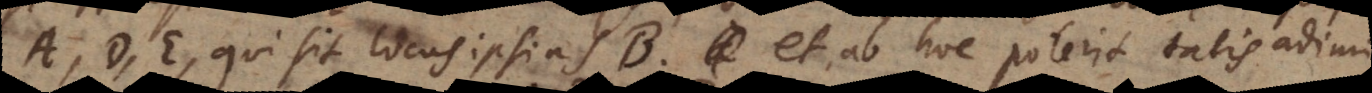
A, D, E, qui sit locus ipsius B, et ab hoc pote